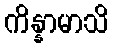
ကိန္နာမာသိ